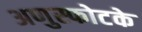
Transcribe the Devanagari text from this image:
अणुस्फोटके